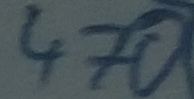
Text: 470